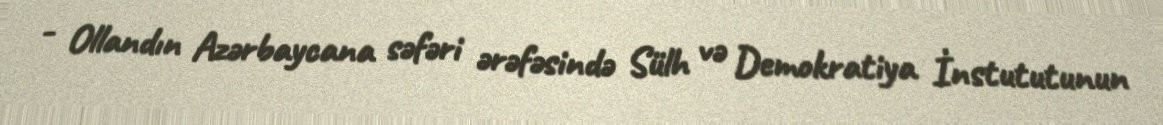
- Ollandın Azərbaycana səfəri ərəfəsində Sülh və Demokratiya İnstututunun